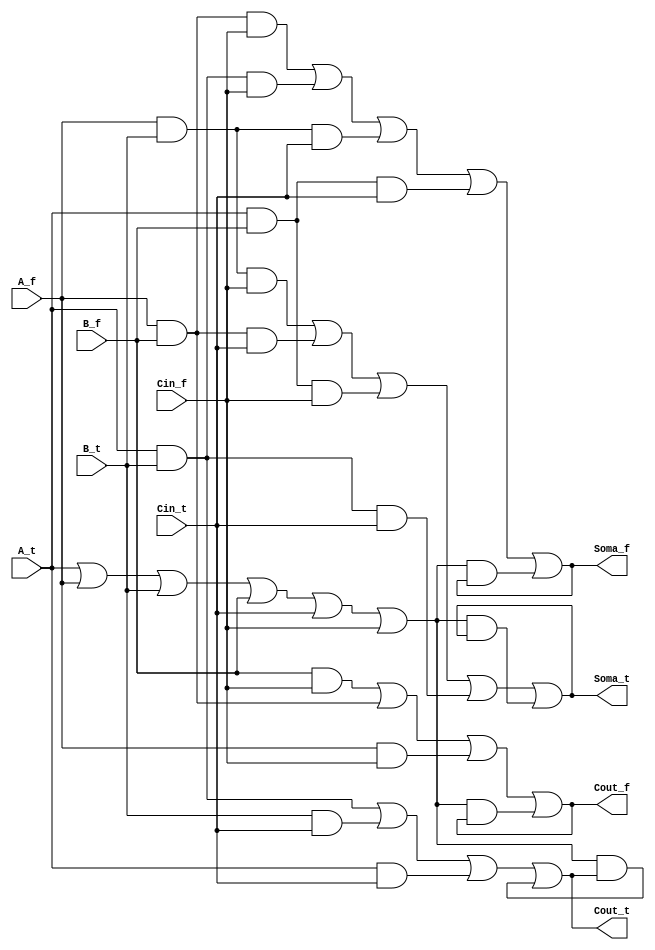
module full_adder(
	input A_t, A_f, B_t, B_f, Cin_t, Cin_f, 
	output Soma_t, Soma_f, Cout_t, Cout_f);

	wire hysteresis;
	assign hysteresis = A_t | A_f | B_t | B_f | Cin_t | Cin_f;

	assign Soma_f= (A_f & B_f & Cin_f) | (A_t & B_t & Cin_f) | (A_f & B_t & Cin_t) | (A_t & B_f & Cin_t) | (hysteresis & Soma_f);
	assign Soma_t= (A_f & B_t & Cin_f) | (A_f & B_f & Cin_t) | (A_t & B_f & Cin_f) | (A_t & B_t & Cin_t) | (hysteresis & Soma_t);
	assign Cout_f= (B_f & Cin_f) | (A_f & B_f) | (A_f & Cin_f) | (hysteresis & Cout_f);
	assign Cout_t= (A_t & B_t) | (B_t & Cin_t) | (A_t & Cin_t) | (hysteresis & Cout_t);

endmodule